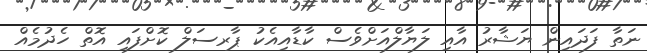
ނަތާ ފަދައިން ޔަޝާރު އާއި ލަޔާލްއަށްވެސް ކާޑާއިއެކު ޕާރސަލް ކޮށްފައި އޮތް ހެދުމެއް